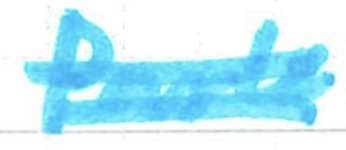
Text: Park
Cross-out: double-line
Writing tool: marker